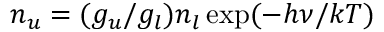
n _ { u } = ( g _ { u } / g _ { l } ) n _ { l } \exp ( - h \nu / k T )